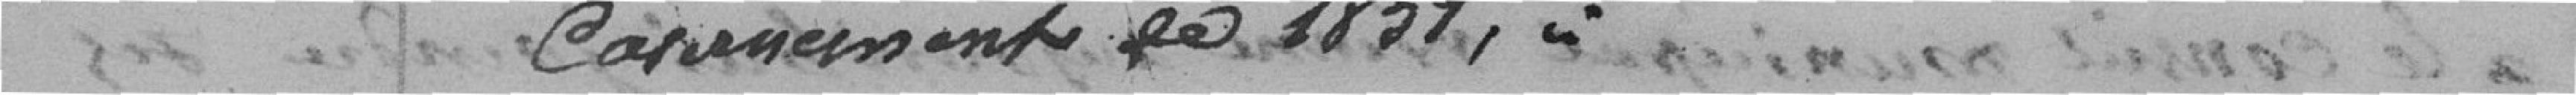
casernement de 1857,